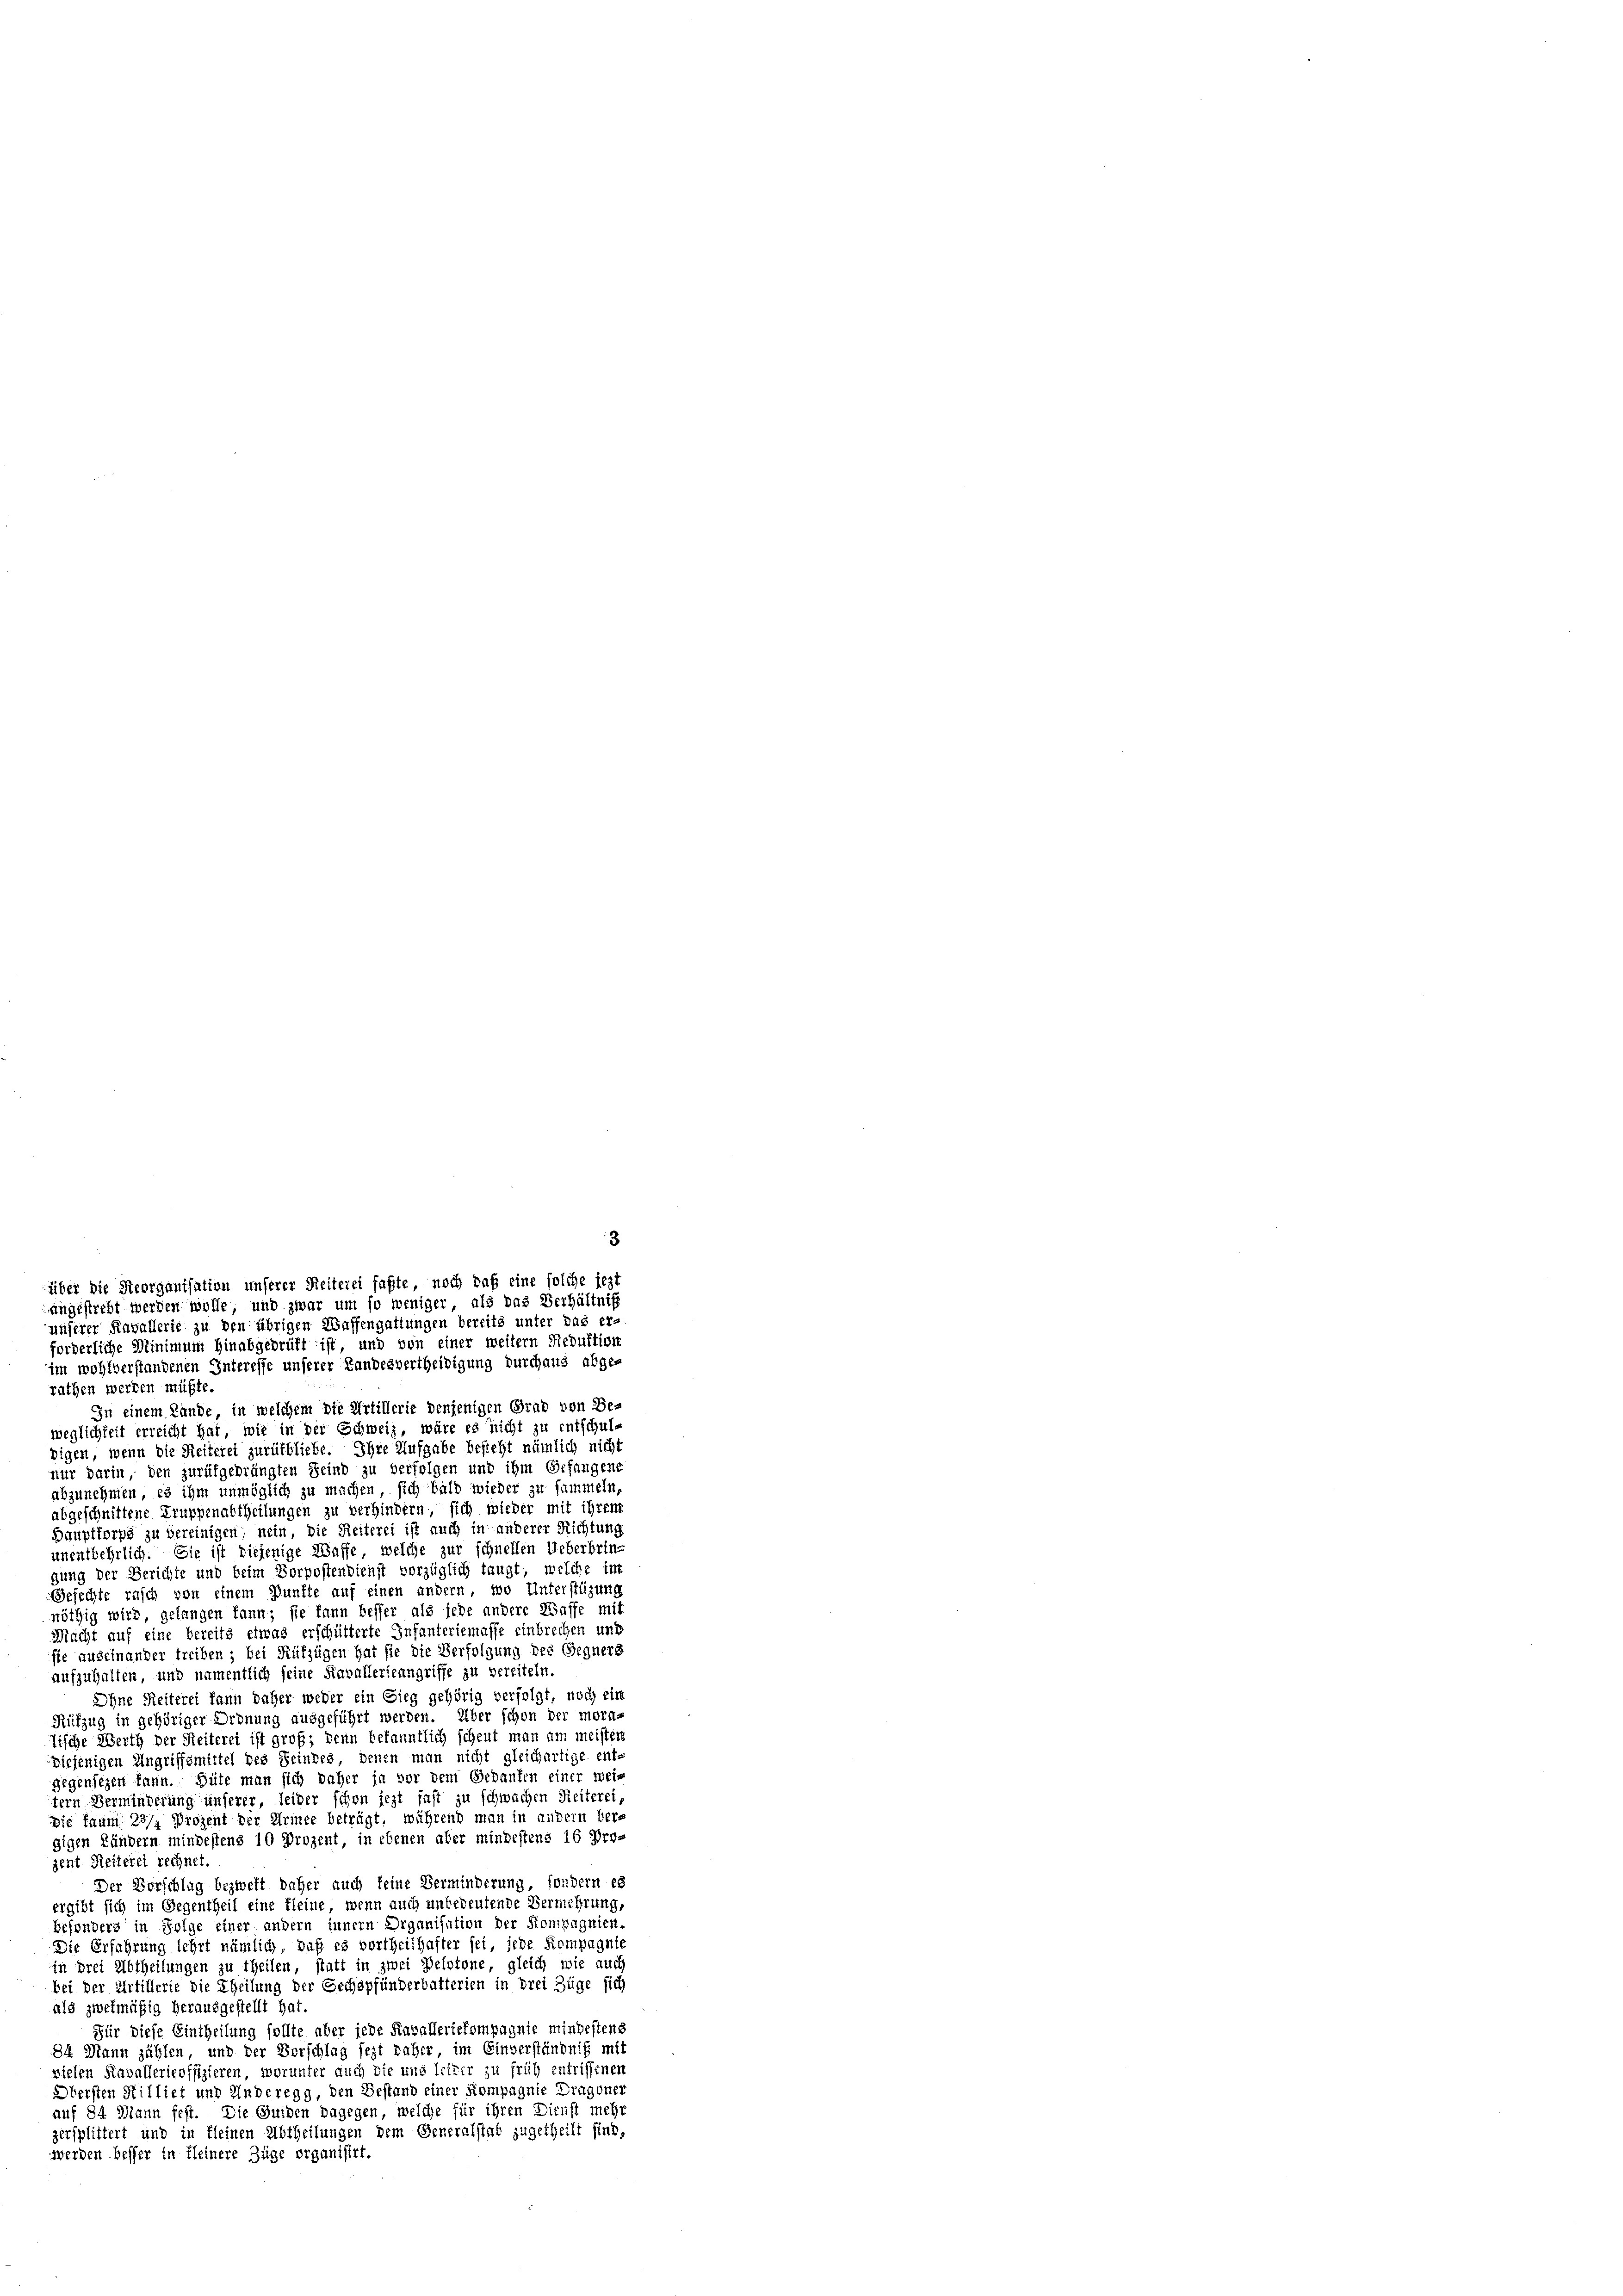
rathen werden müßte.
In einem Lande, in welchem die Artillerie denjenigen Grad von Be-
weglichkeit erreicht hat, wie in der Schweiz, wäre es nicht zu entschul-
bigen, wenn die Reiterei zurükbliebe. Ihre Aufgabe besteht nämlich nicht
nur darin, den zurükgedrängten Seind zu verfolgen und ihm Erfangene
abzunehmen, es ihm unmöglich zu machen, sich bald wieder zu sammeln,
abgeschnittene Truppenabtheilungen zu verhindern, sich wieder mit ihrem
Bauptforps zu bereinigen; nein, die Reiterei ist auch in anderer Richtung
unentbehrlich. Sie ist diejenige Waffe, welche zur schnellen Ueberbringung der Berichte und beim Vorpostendienst vorzüglich taugt, welche im
Gefechte rasch von einem Punkte auf einen andern, wo Unterstüzung
nöthig wird, gelangen kann; sie kann besser als jede andere Waffe mit
Macht auf eine bereits etwas erschütterte Infanteriemasse einbrechen und
sie auseinander treiben; bei Rützügen hat sie die Verfolgung des Gegners
aufzuhalten, und namentlich seine Kavallerieangriffe zu vereiteln.
Ohne Reiterei kann daher weder ein Sieg gehörig verfolgt, noch ein
Rüfzug in gehöriger Ordnung ausgeführt werden. Über schon der mora¬
Tische Werth der Seiterei ist groß, denn bekanntlich scheut man am meister
diejenigen Angriffsmittel des Reindes, denen man nicht gleichartige ent-
Gegensezen kann. Güte man sich daher ja vor dem Gedanken einer wei-
tern Verminderung unserer, leider schon jezt fast zu schwachen Reiterei,
Die kaum 23/2 Prozent der Arinee beträgt, während man in andern Ver-
gigen Ländern mindestens 10 Prozent, in ebenen aber mindestens 16 Pro-
zent Reiterei rechnet.
Der Vorschlag bezweit daher auch keine Verminderung, sondern es
ergibt sich im Gegentheil eine kleine, wenn auch unbedeutende Vermehrung,
besonders in Folge einer andern innern Organisation der Kompagnien
Die Erfahrung lehrt nämlich, daß es vortheilhafter sei, jede Kompagnie
in drei Abtheilungen zu theilen, statt in zwei Pelstone, gleich wie auch
bei der Artillerie die Theilung der Sechspfünderbatterien in drei Züge sich
als zwekmäßig herausgestellt hat
Für diese Eintheilung sollte aber jede Kavalleriekompagnie mindestens
84 Mann zählen, und der Vorschlag jezt näher im Einverständniß mit
vielen Raballerieoffizieren, worunter auch die und leiter zu früh entriffener
Obersten Milliet und Anderegg, den Gestand einer Kompagnie Dragoner
auf 84 Mann fest. Die Guiden dagegen, welche für ihren Dienst mehr
zersplittert und in kleinen Abtheilungen dem Generalstad zugetheilt sind,
werden besser in kleinere Züge organisirt.

3
über die Reorganisation unserer Reiterei faßte, noch daß eine solche jezt
angestrebt werden wolle, und zwar um so weniger, als das Verhältniß
unserer Kavallerie zu den übrigen Waffengattungen bereits unter das er-
forderliche Minimum hinabgedrüft ist, und von einer weitern Reduktion
im wohlverstandenen Interesse unserer Handesvertheiligung durchaus abge-